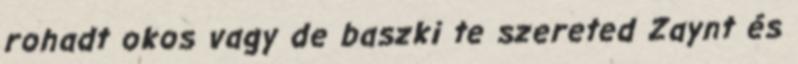
rohadt okos vagy de baszki te szereted Zaynt és